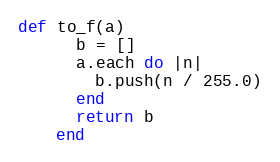
Language: Ruby
def to_f(a)
      b = []
      a.each do |n|
        b.push(n / 255.0)
      end
      return b
    end